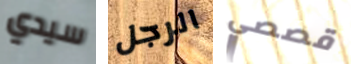
سيدي الرجل قصصي